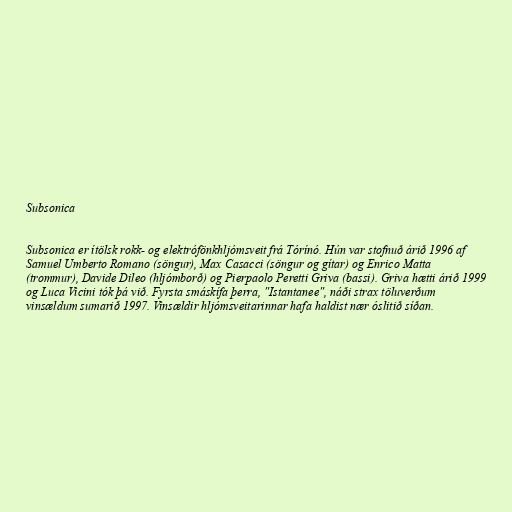
Subsonica

Subsonica er ítölsk rokk- og elektrófönkhljómsveit frá Tórínó. Hún var stofnuð árið 1996 af
Samuel Umberto Romano (söngur), Max Casacci (söngur og gítar) og Enrico Matta
(trommur), Davide Dileo (hljómborð) og Pierpaolo Peretti Griva (bassi). Griva hætti árið 1999
og Luca Vicini tók þá við. Fyrsta smáskífa þerra, "Istantanee", náði strax töluverðum
vinsældum sumarið 1997. Vinsældir hljómsveitarinnar hafa haldist nær óslitið síðan.